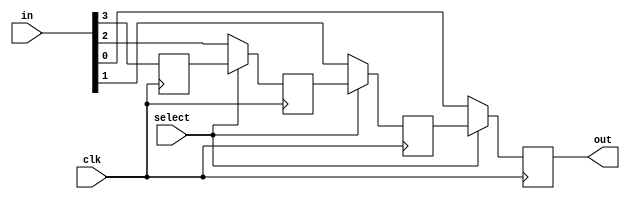

module piso(in,clk,select,out);
input [3:0] in;
input clk,select;
output out;
reg q0,q1,q2,q3;

always@(posedge clk)
begin

if(!select)
begin
  q3<=in[3];
  q2<=in[2];
  q1<=in[1];
  q0<=in[0];
end

else
begin
q3<=in[3];
q2<=q3;
q1<=q2;
q0<=q1;
end

end

assign out=q0;

endmodule